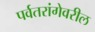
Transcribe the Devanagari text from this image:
पर्वतरांगेवरील